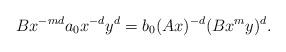
LaTeX: \begin{align*}Bx^{-md} a_0 x^{-d} y^d= b_0 (Ax)^{-d} (Bx^my)^d.\end{align*}